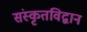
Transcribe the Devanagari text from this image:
संस्कृतविद्वान